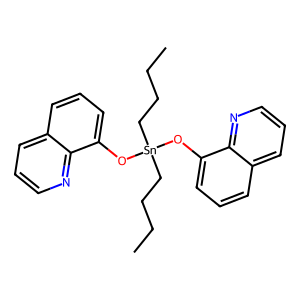
SMILES: CCCC[Sn](CCCC)(Oc1cccc2cccnc12)Oc1cccc2cccnc12
Inhibits HIV replication: No